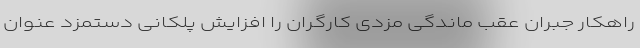
راهکار جبران عقب ماندگی مزدی کارگران را افزایش پلکانی دستمزد عنوان